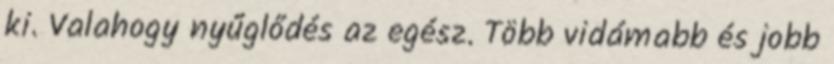
ki. Valahogy nyűglődés az egész. Több vidámabb és jobb